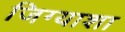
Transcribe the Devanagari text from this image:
जिग्याशा